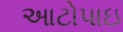
આટોપાઇ